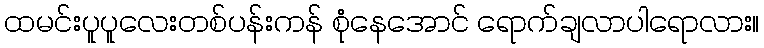
ထမင်းပူပူလေးတစ်ပန်းကန် စုံနေအောင် ရောက်ချလာပါရောလား။